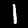
Label: 1